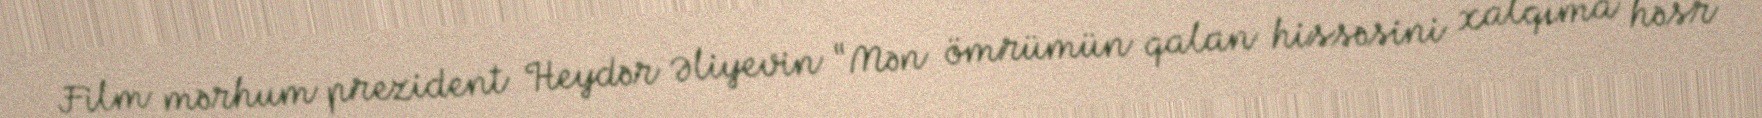
Film mərhum prezident Heydər Əliyevin “Mən ömrümün qalan hissəsini xalqıma həsr